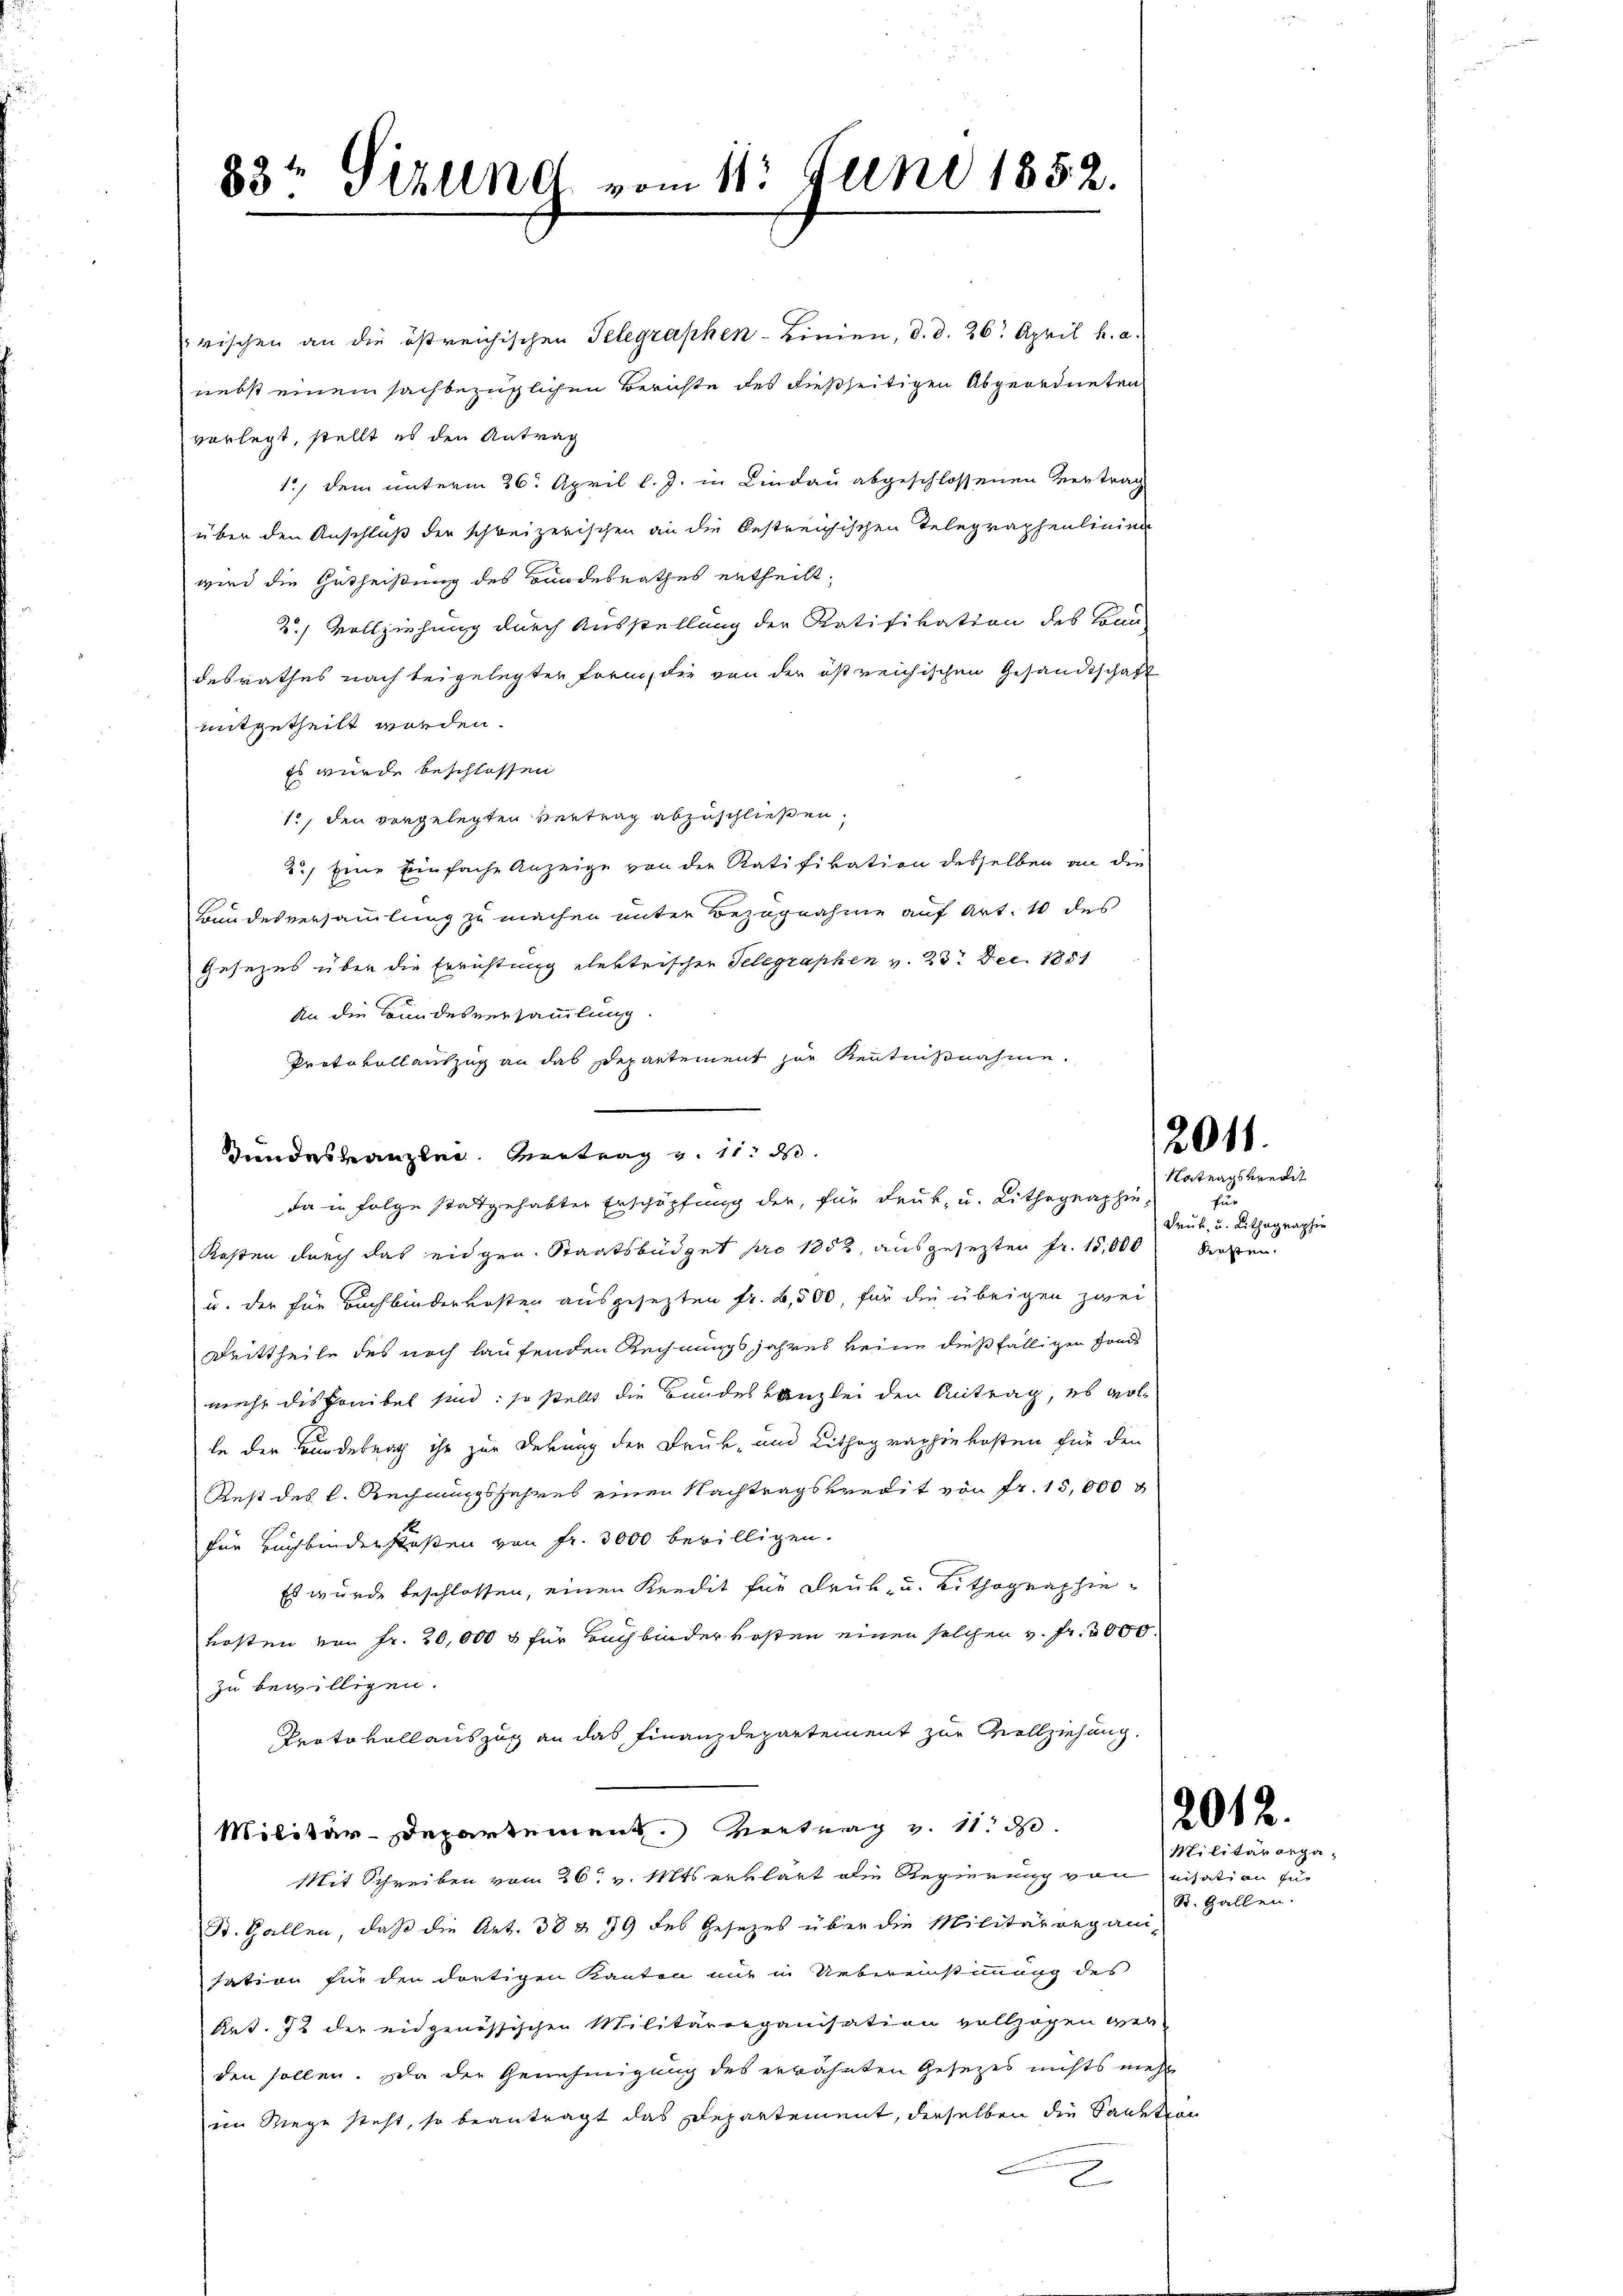
83t Sizung vom 11. Juni 1852.

wischen an die östreichischen Telegraphen-Linien, d. d. 26. April h. a.
nebst einem sachbezüglichen Berichte des dießseitigen Abgeordneten
verlegt, stellt es den Antrag
1) dem unterm 26. April l. J. in Lindau abgeschlossenen Vertrag
über den Anschluß der schweizerischen an die bestreichischen Telegraphenlinien
wird die Gutheißung des Bundesrathes ertheilt,
2.) Vollziehung durch Ausstellung der Ratifikation des Sonn-
desrathes nach beigelegter Form, die von der ist reichischen Gesandtschaft
mitgetheilt worden.
Es wurde beschlossen
10, den vorgelegten Vertrag abzuschließen.
2.) Eine Einfache Anzeige von der Ratifikation desselben an die
Bundesversammlung zu machen unter Bezugnahme auf Art. 10 des
Gesezes über die Errichtung elektrischer Telegraphen v. 23. Dec. 1851
An die Bundesversammlung
Protokollauszug an das Departement zur Kenntnißnahme.
Bundeskanzlei Vertrag u. 11. ds.
da in Folge stattgehabter Erschöpfung der, für Druck, u. Lithographie
Kosten durch das eidgen. Staatsbüdget pro 1852, ausgesezten Fr. 15,000 kosten
u. der für Buchbinderkosten ausgesezten fr. 6,500, für die übrigen zwei
Drittheile des noch laufenden Rechnungsjahres keine dießfälligen Fonds
mehr disponibel sind; so stellt die Bundeskanzlei den Antrag, es wolle der Bundetrag ihr zur Dekung der Druk- und Lithographie kosten für den
Rest des k. Rechnungsjahres einen Nachtragskredit von Fr. 15,000 g
für Buchbinderstoßen von Fr. 3000 bewilligen.
Es wurde beschlossen, einen Kredit für Druck- u. Lithographiekosten von Fr. 20,000 & für Bachbinder kosten einen solchen v. fr. 3000.
zu bewilligen.
Protokollauszug an das Finanzdepartement zur Vollziehung.
Militär-Departement. Vertrag v. 11. d.
Mit Schreiben vom 26t v. Mts erklärt die Regierung von   nisation für
St. Gallen, daß die Art. 38 § 79 des Gesetzes über die Militärorgani-
sation für den dortigen Kanton mit in Uebereinstimmung des
Art. 72 der eidgenössischen Militärorganisation vollzogen werden sollen. Da die Genehmigung des erwähnten Gesetzes nichts mehr
ein Wege steht, so beantragt das Departement, derselben die Sanktion
2

2011.

Natragskredit
u
Fruk, u. Lithographie

2012.

Militärorga
R. Gallen.